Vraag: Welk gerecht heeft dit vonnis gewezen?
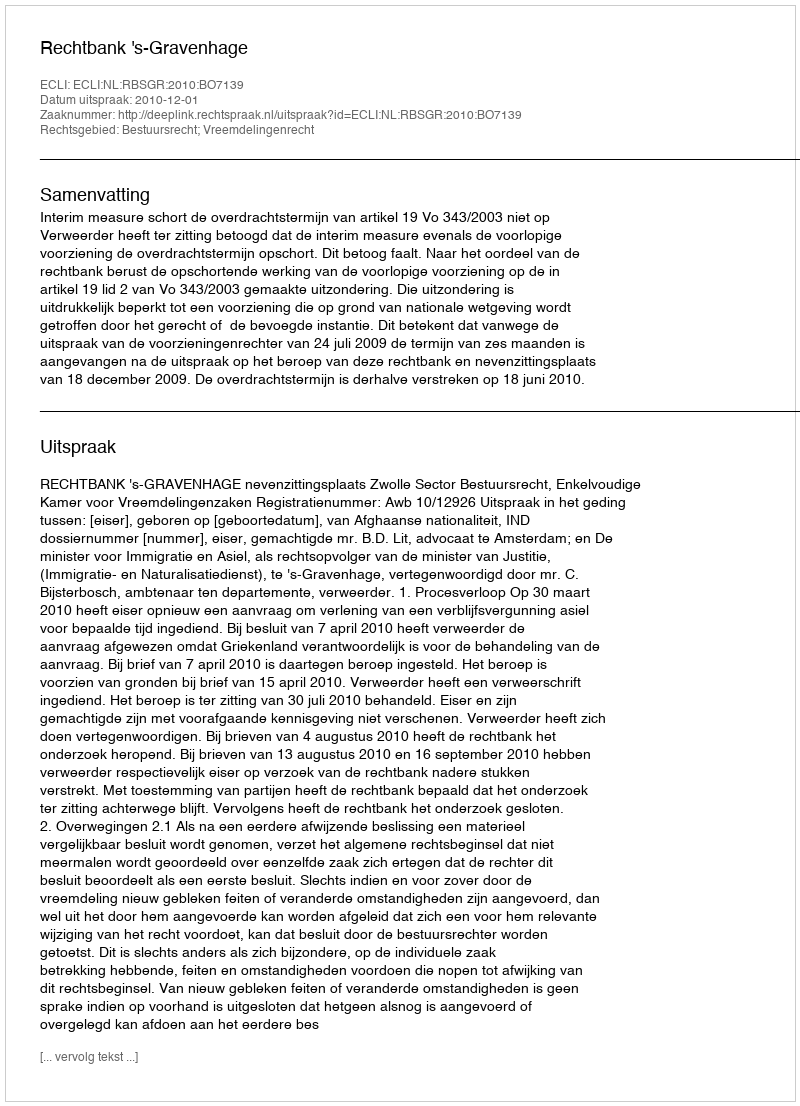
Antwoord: Rechtbank 's-Gravenhage